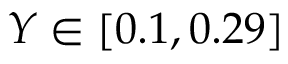
Y \in [ 0 . 1 , 0 . 2 9 ]